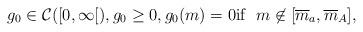
LaTeX: \begin{align*}g_0 \in \mathcal{C} ([0, \infty [ ) , g_0 \geq 0 , g_0(m ) = 0 \mbox{if} \ \ m \not \in [ \overline{m}_a ,\overline{m}_A ],\end{align*}